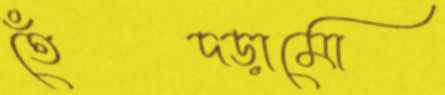
তেঁদড়ামো